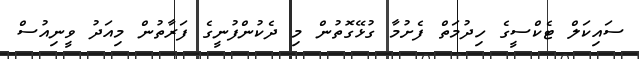
ސައިކަލް ޓެކްސީގެ ހިދުމަތް ފެށުމާ ގުޅޭގޮތުން މި ދެކުންފުނީގެ ފަރާތުން މިއަދު ވީނިއުސް